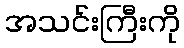
အသင်းကြီးကို